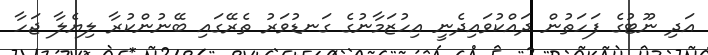
އަދި ނޫޓުގެ ފަހަތުން ދައްކުވައިދެނީ އިހުޒަމާނުގެ ގަނޑުވަރު ތެރޭގައި ބޭނުންކުރާ ލިޔެލާ ޖަހާ